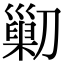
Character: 𠟿